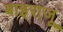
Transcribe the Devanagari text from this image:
बाइराजू